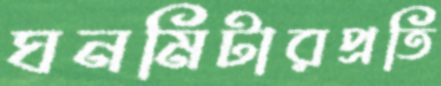
ঘনমিটারপ্রতি